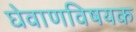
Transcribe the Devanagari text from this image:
घेवाणविषयक